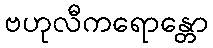
ဗဟုလီကရောန္တော